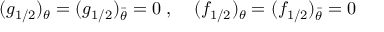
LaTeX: ( g _ { 1 / 2 } ) _ { \theta } = ( g _ { 1 / 2 } ) _ { \bar { \theta } } = 0 \; , \; \; \; \; ( f _ { 1 / 2 } ) _ { \theta } = ( f _ { 1 / 2 } ) _ { \bar { \theta } } = 0